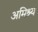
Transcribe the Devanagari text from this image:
अमिश्र्य